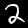
Digit: 2